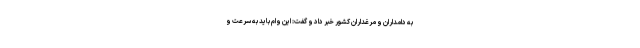
به دامداران و مرغداران کشور خبر داد و گفت: این وام باید به سرعت و